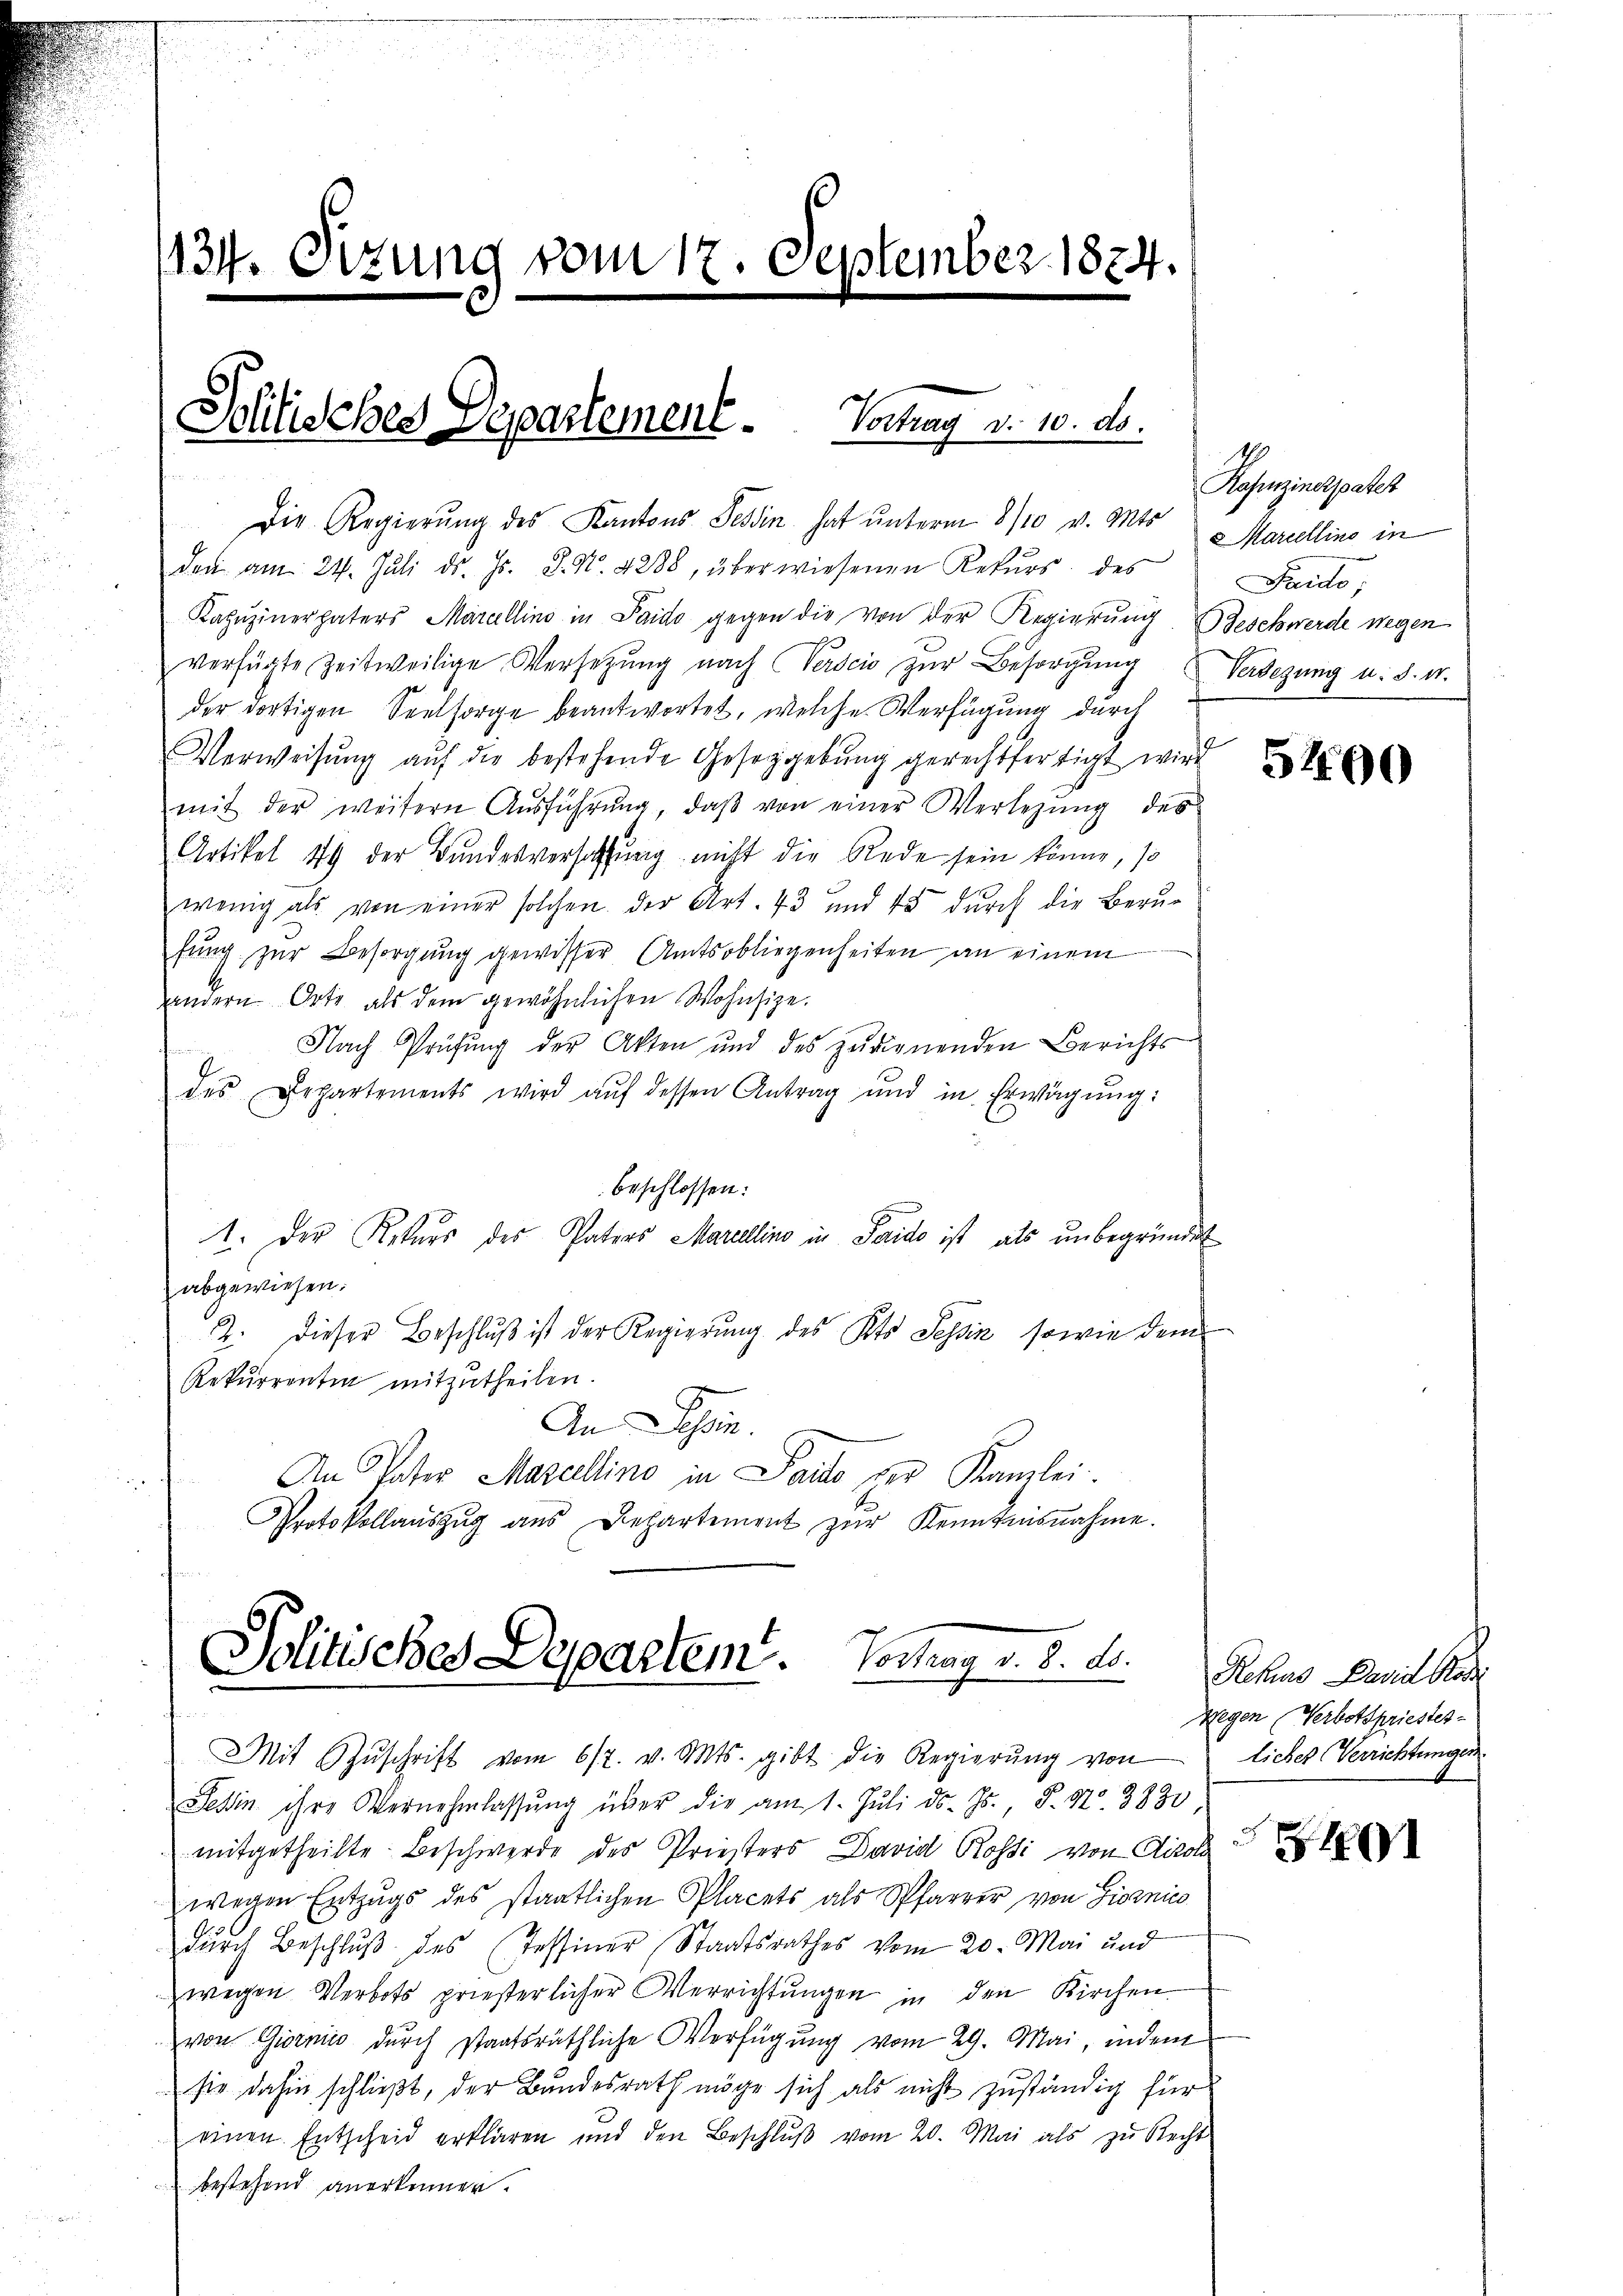
n
u
134. Sizung vom 17. September 1874.

Solitisches Separtement. Vortrag v. 10. ds.

Die Regierung des Kantons Tessin hat unterm 8/10 v. Mts Mariellino in
dan am 24. Jŭli d. Js. S. Nr. 4288, überwiesenen Rekŭrs des
Kapŭzinerpaters Marcellino in Paido gegen die von der Regierung Beschwerde wegen
verfügte Zeitweilige Versetzŭng nach Verscio zŭr Besorgŭng Verlegung u. s. w.
der dortigen Seelsorge beantwortet, welche Verfügung durch
Verweisŭng aŭf die bestehende Geseygebŭng gerechtfertigt wird
mit der weitern Aŭsführŭng, daβ von einer Verlegung des
Artikel 49 der Bundesversatzung nicht die Rede sein könne, so
wenig als von einer solchen der Art. 43 und 48 dŭrch die Berufung zur Besorgung gewisser Amtsobliegenheiten an einem
andern Orte als dem gewöhnlichen Wohnsize.
Nach Prüfung der Akten und des zudienenden Berichts-
des Departements wird aŭf dessen Antrag und in Erwägŭng:
beschlossen:
1. Der Rekurs des Paters Marellino in Saido ist, als unbegründet
abgewiesen.
2. dieser Beschluß ist der Regierung des Kts. Tessin, sowie dem
Rekurrenten mitzutheilen.
8
An Tessin.
An Vater Marcellino in Parto der Kanzlei.
Protokollauszug aus Departement zŭr Kenntnisnahme.

Politisches Departem. Vortrag v. 8. ds.

Mit Zŭschrift vom 617. v. Mts. gibt die Regierŭng von
Sehin ihre Vernehmlassŭng über die am 1. Juli d. Js., S. Nr. 3830.

Kapuzinerpater
Paido;

mitgetheilte Beschwerde des Priesters David Rossi von Airol
wegen Entzugs des staatlichen Placets als Pfarrer von Giornico
durch Beschluß des Tessiner Staatsrathes vom 20. Mai und
wegen Verbots prieserlicher Verrichtŭngen in den Kirchen.
von Giornis durch staatsräthliche Verfügung vom 29. Mai, indem
sie dahin schließt, der Bundesrath möge sich als nicht zuständig für
einen Entscheid erklären und den Beschlŭβ vom 20. Mai als zu Recht
bestehend anerkennen.

e

5200

Rehus David Ka
Wegen Verbotspriestes-
licher Verrichtungen

F